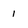
Character: i